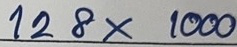
128 x 1000